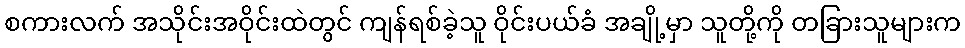
စကားလက် အသိုင်းအဝိုင်းထဲတွင် ကျန်ရစ်ခဲ့သူ ဝိုင်းပယ်ခံ အချို့မှာ သူတို့ကို တခြားသူများက